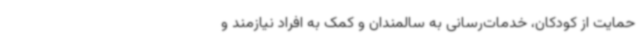
حمایت از کودکان، خدمات‌رسانی به سالمندان و کمک به افراد نیازمند و